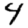
Digit: 4